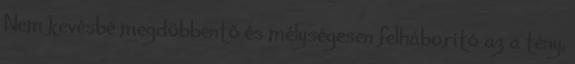
Nem kevésbé megdöbbentő és mélységesen felháborító az a tény,